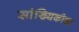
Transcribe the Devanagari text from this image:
सांख्यिकीचा